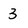
Character: 3